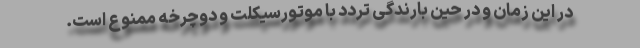
در این زمان و در حین بارندگی تردد با موتورسیکلت و دوچرخه ممنوع است.